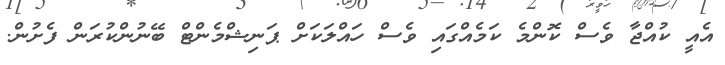
އެއީ ކުއްޖާ ވެސް ކޮންމެ ކަމެއްގައި ވެސް ހައްލަކަށް ޕަނިޝްމެންޓް ބޭނުންކުރަން ފެށުން.